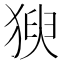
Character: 𱮍